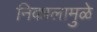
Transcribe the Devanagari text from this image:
निकालामुळे